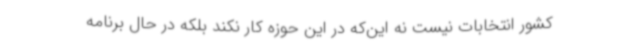
کشور انتخابات نیست نه این‌که در این حوزه کار نکند بلکه در حال برنامه